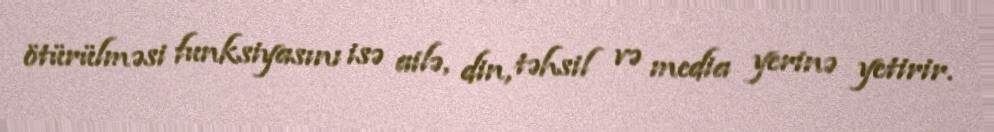
ötürülməsi funksiyasını isə ailə, din, təhsil və media yerinə yetirir.